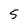
Character: 5